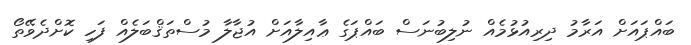
ބައްޕައަށް އަރާމު ދިރިއުޅުމެއް ނުލިބުނަސް ބައްޕަގެ ޢާއިލާއަށް އުޖާލާ މުސްތަޤްބަލެއް ފަހި ކޮށްދެވޭތޯ